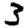
Digit: 3